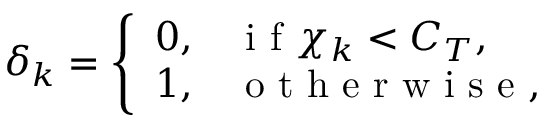
\delta _ { k } = \left\{ \begin{array} { l l } { 0 , } & { \mathrm { ~ i ~ f ~ } \chi _ { k } < C _ { T } , } \\ { 1 , } & { \mathrm { ~ o ~ t ~ h ~ e ~ r ~ w ~ i ~ s ~ e ~ , ~ } } \end{array} \right.